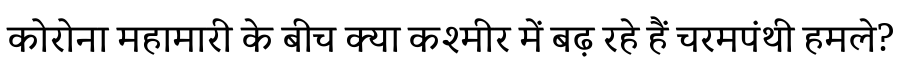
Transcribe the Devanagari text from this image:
कोरोना महामारी के बीच क्या कश्मीर में बढ़ रहे हैं चरमपंथी हमले?